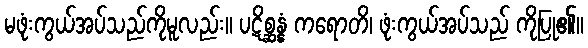
မဖုံးကွယ်အပ်သည်ကိုမူလည်း။ ပဋိစ္ဆန္နံ ကရောတိ၊ ဖုံးကွယ်အပ်သည် ကိုပြု၏။